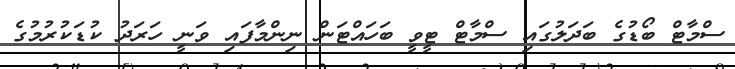
ސްމާޓް ބޯޑުގެ ބަދަލުގައި ސްމާޓް ޓީވީ ބަހައްޓަން ނިންމާފައި ވަނީ ހަރަދު ކުޑަކުރުމުގެ